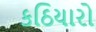
કઠિયારો